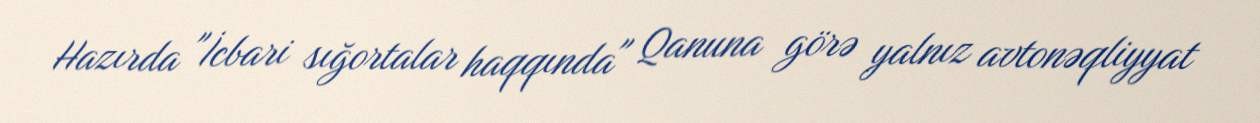
Hazırda "İcbari sığortalar haqqında" Qanuna görə yalnız avtonəqliyyat